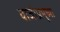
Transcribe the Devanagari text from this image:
बाजीप्रभूच्या